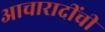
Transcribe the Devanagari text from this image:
आचारादींची